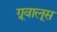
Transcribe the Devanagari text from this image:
ग्रूवालूस